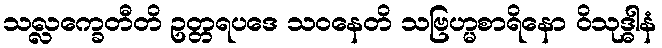
သလ္လက္ခေတီတိ ဥတ္တရပဒေ သဝနေတိ သဗြဟ္မစာရိနော ဝိသုဒ္ဓါနံ